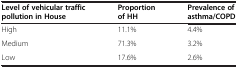
<table><thead><tr><td><b>Level of vehicular traffic pollution in House</b></td><td><b>Proportion of HH</b></td><td><b>Prevalence of asthma/COPD</b></td></tr></thead><tbody><tr><td>High</td><td>11.1%</td><td>4.4%</td></tr><tr><td>Medium</td><td>71.3%</td><td>3.2%</td></tr><tr><td>Low</td><td>17.6%</td><td>2.6%</td></tr></tbody></table>